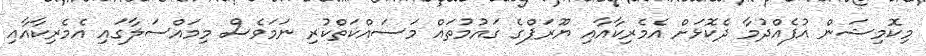
މިކޮމިޝަން އުފެއްދުމާ ދެކޮޅަށް އެމެރިކާއާއި ޔޫރަޕްގެ ގައުމުތައް މަސައްކަތްކުރި ނަމަވެސް މިމައްސަލާގައި އެމެރިކާއާއި